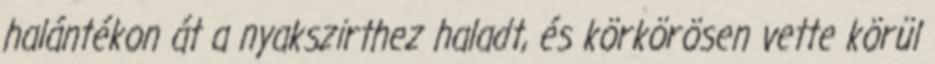
halántékon át a nyakszirthez haladt, és körkörösen vette körül